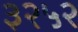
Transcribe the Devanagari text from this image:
३२५२